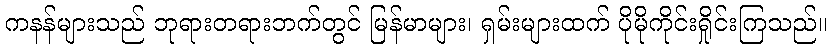
ကနန်များသည် ဘုရားတရားဘက်တွင် မြန်မာများ၊ ရှမ်းများထက် ပိုမိုကိုင်းရှိုင်းကြသည်။